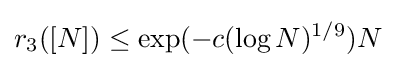
r_{3}([N])\leq \exp(-c(\log N)^{1/9})N